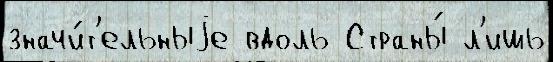
значи́т'ельныjе вдоль Страны́ л'ишь